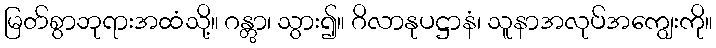
မြတ်စွာဘုရားအထံသို့။ ဂန္တွာ၊ သွား၍။ ဂိလာနုပဋ္ဌာနံ၊ သူနာအလုပ်အကျွေးကို။